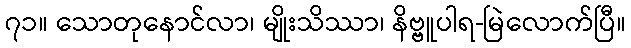
၇၁။ သောတုနောင်လာ၊ မျိုးသိဿာ၊ နိဗ္ဗူပါရ-မြဲလောက်ပြီ။